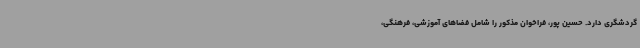
گردشگری دارد. حسین پور، فراخوان مذکور را شامل فضاهای آموزشی، فرهنگی،